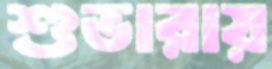
শুভারায়